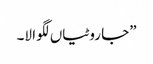
”جا روٹیاں لگوا لا۔